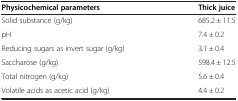
<table><thead><tr><td><b>Physicochemical parameters</b></td><td><b>Thick juice</b></td></tr></thead><tbody><tr><td>Solid substance (g/kg)</td><td>685.2 ± 11.5</td></tr><tr><td>pH</td><td>7.4 ± 0.2</td></tr><tr><td>Reducing sugars as invert sugar (g/kg)</td><td>3.1 ± 0.4</td></tr><tr><td>Saccharose (g/kg)</td><td>598.4 ± 12.5</td></tr><tr><td>Total nitrogen (g/kg)</td><td>5.6 ± 0.4</td></tr><tr><td>Volatile acids as acetic acid (g/kg)</td><td>4.4 ± 0.2</td></tr></tbody></table>